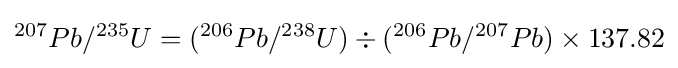
^{207}Pb/^{235}U=(^{206}Pb/^{238}U)\div (^{206}Pb/^{207}Pb)\times 137.82